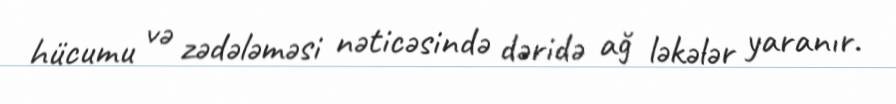
hücumu və zədələməsi nəticəsində dəridə ağ ləkələr yaranır.